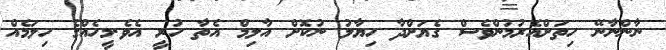
ނާންނާނޭ ހިތަށްއެރުމުންވެސް ގެޔަށްދާ ހިޔާލު ނުކޮށް އާލިމް އެތާ ހުރީ އެވެ.މީހެއްގެ ހިލަމެއް